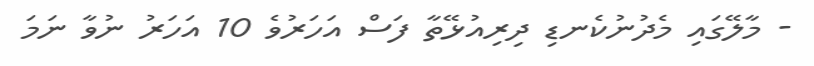
- މާލޭގައި މެދުނުކެނޑި ދިރިއުޅޭތާ ފަސް އަހަރުވެ 10 އަހަރު ނުވާ ނަމަ